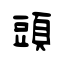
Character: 頭